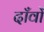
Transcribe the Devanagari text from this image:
दाँवों